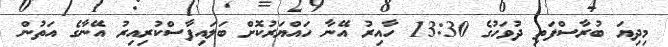
މިދިޔަ ބުރާސްފަތި ދުވަހުގެ 13:30 ހާއިރު އޭނާ ހައްޔަރުކޮށް ބަލައިފާސްކުރިއިރު އޭނާގެ އަތުން